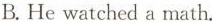
B.He watched a math.